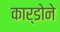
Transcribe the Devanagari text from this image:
कार्डोने